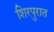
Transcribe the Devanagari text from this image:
शिरपुरात